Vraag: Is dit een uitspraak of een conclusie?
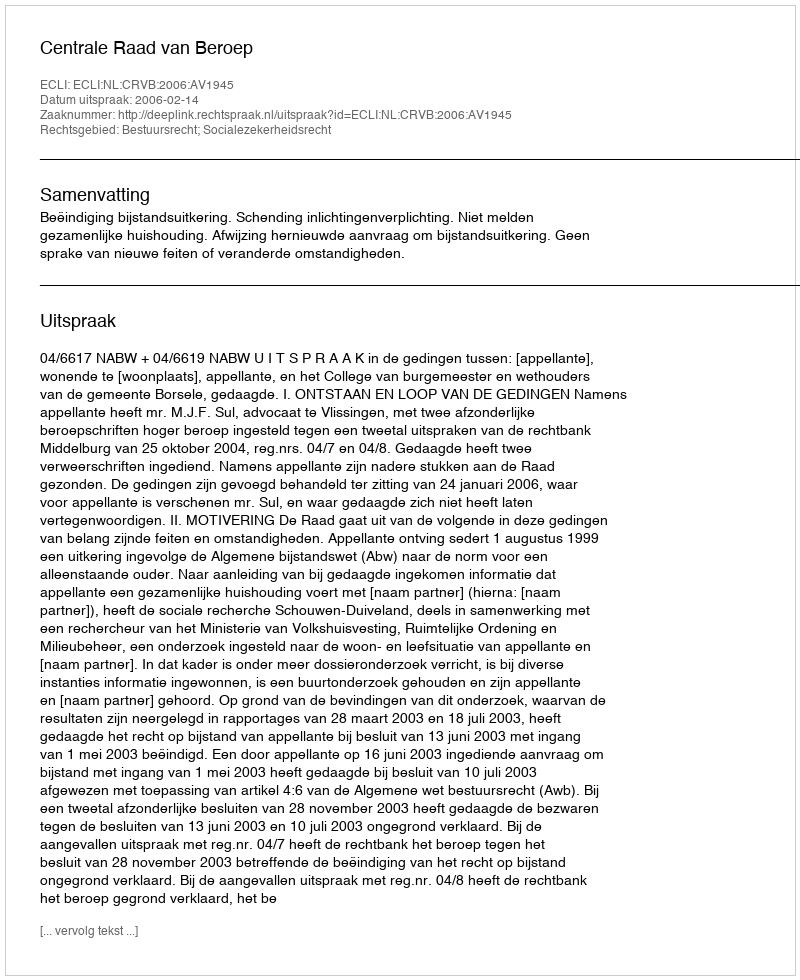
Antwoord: Uitspraak